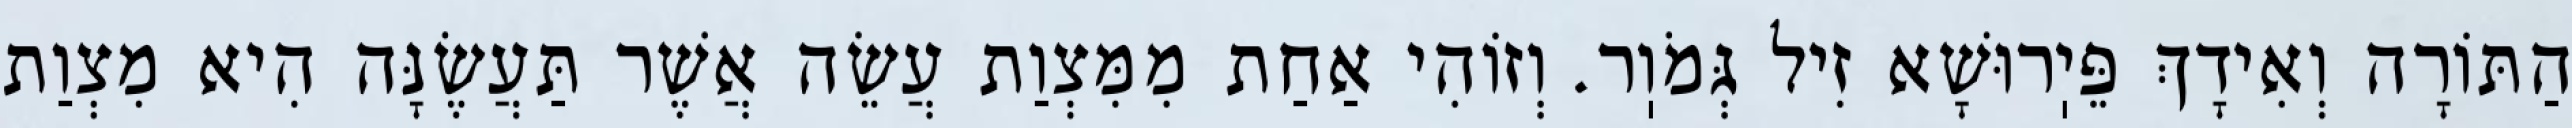
הַתּוֹרָה וְאִידָךְ פֵּיֽרוּשָׁא זִיל גְּמֹוֽר. וְזוֹהִי אַחַת מִמִּצְוַת עֲשֵׂה אֲשֶׁר תַּעֲשֶׂנָּה הִיא מִצְוַת